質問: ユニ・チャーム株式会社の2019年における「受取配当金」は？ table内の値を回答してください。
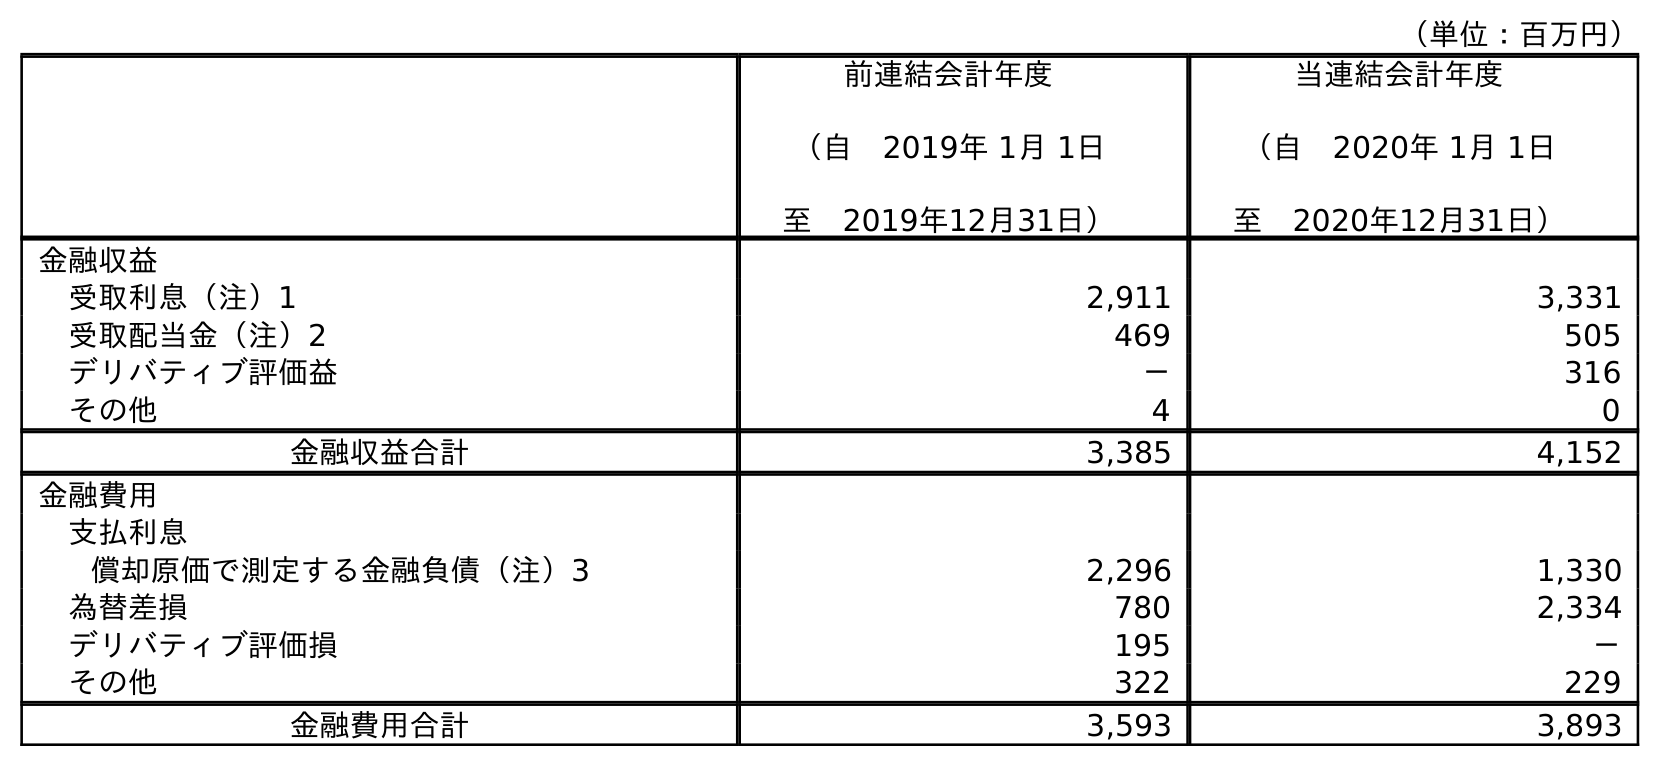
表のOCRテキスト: （単位：百万円） 前連結会計年度 （自 2019年 1月 1日 至 2019年12月31日） 当連結会計年度 （自 2020年 1月 1日 至 2020年12月31日） 金融収益 受取利息（注）1 2,911 3,331 受取配当金（注）2 469 505 デリバティブ評価益 － 316 その他 4 0 金融収益合計 3,385 4,152 金融費用 支払利息 償却原価で測定する金融負債（注）3 2,296 1,330 為替差損 780 2,334 デリバティブ評価損 195 － その他 322 229 金融費用合計 3,593 3,893
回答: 469